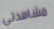
مشاهدتي